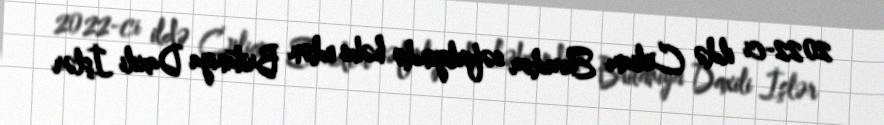
2022-ci ildə Culianı Ekvador səfirliyində həbs edən Britaniya Daxili İşlər